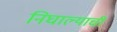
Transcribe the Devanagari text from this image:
निघाल्याची